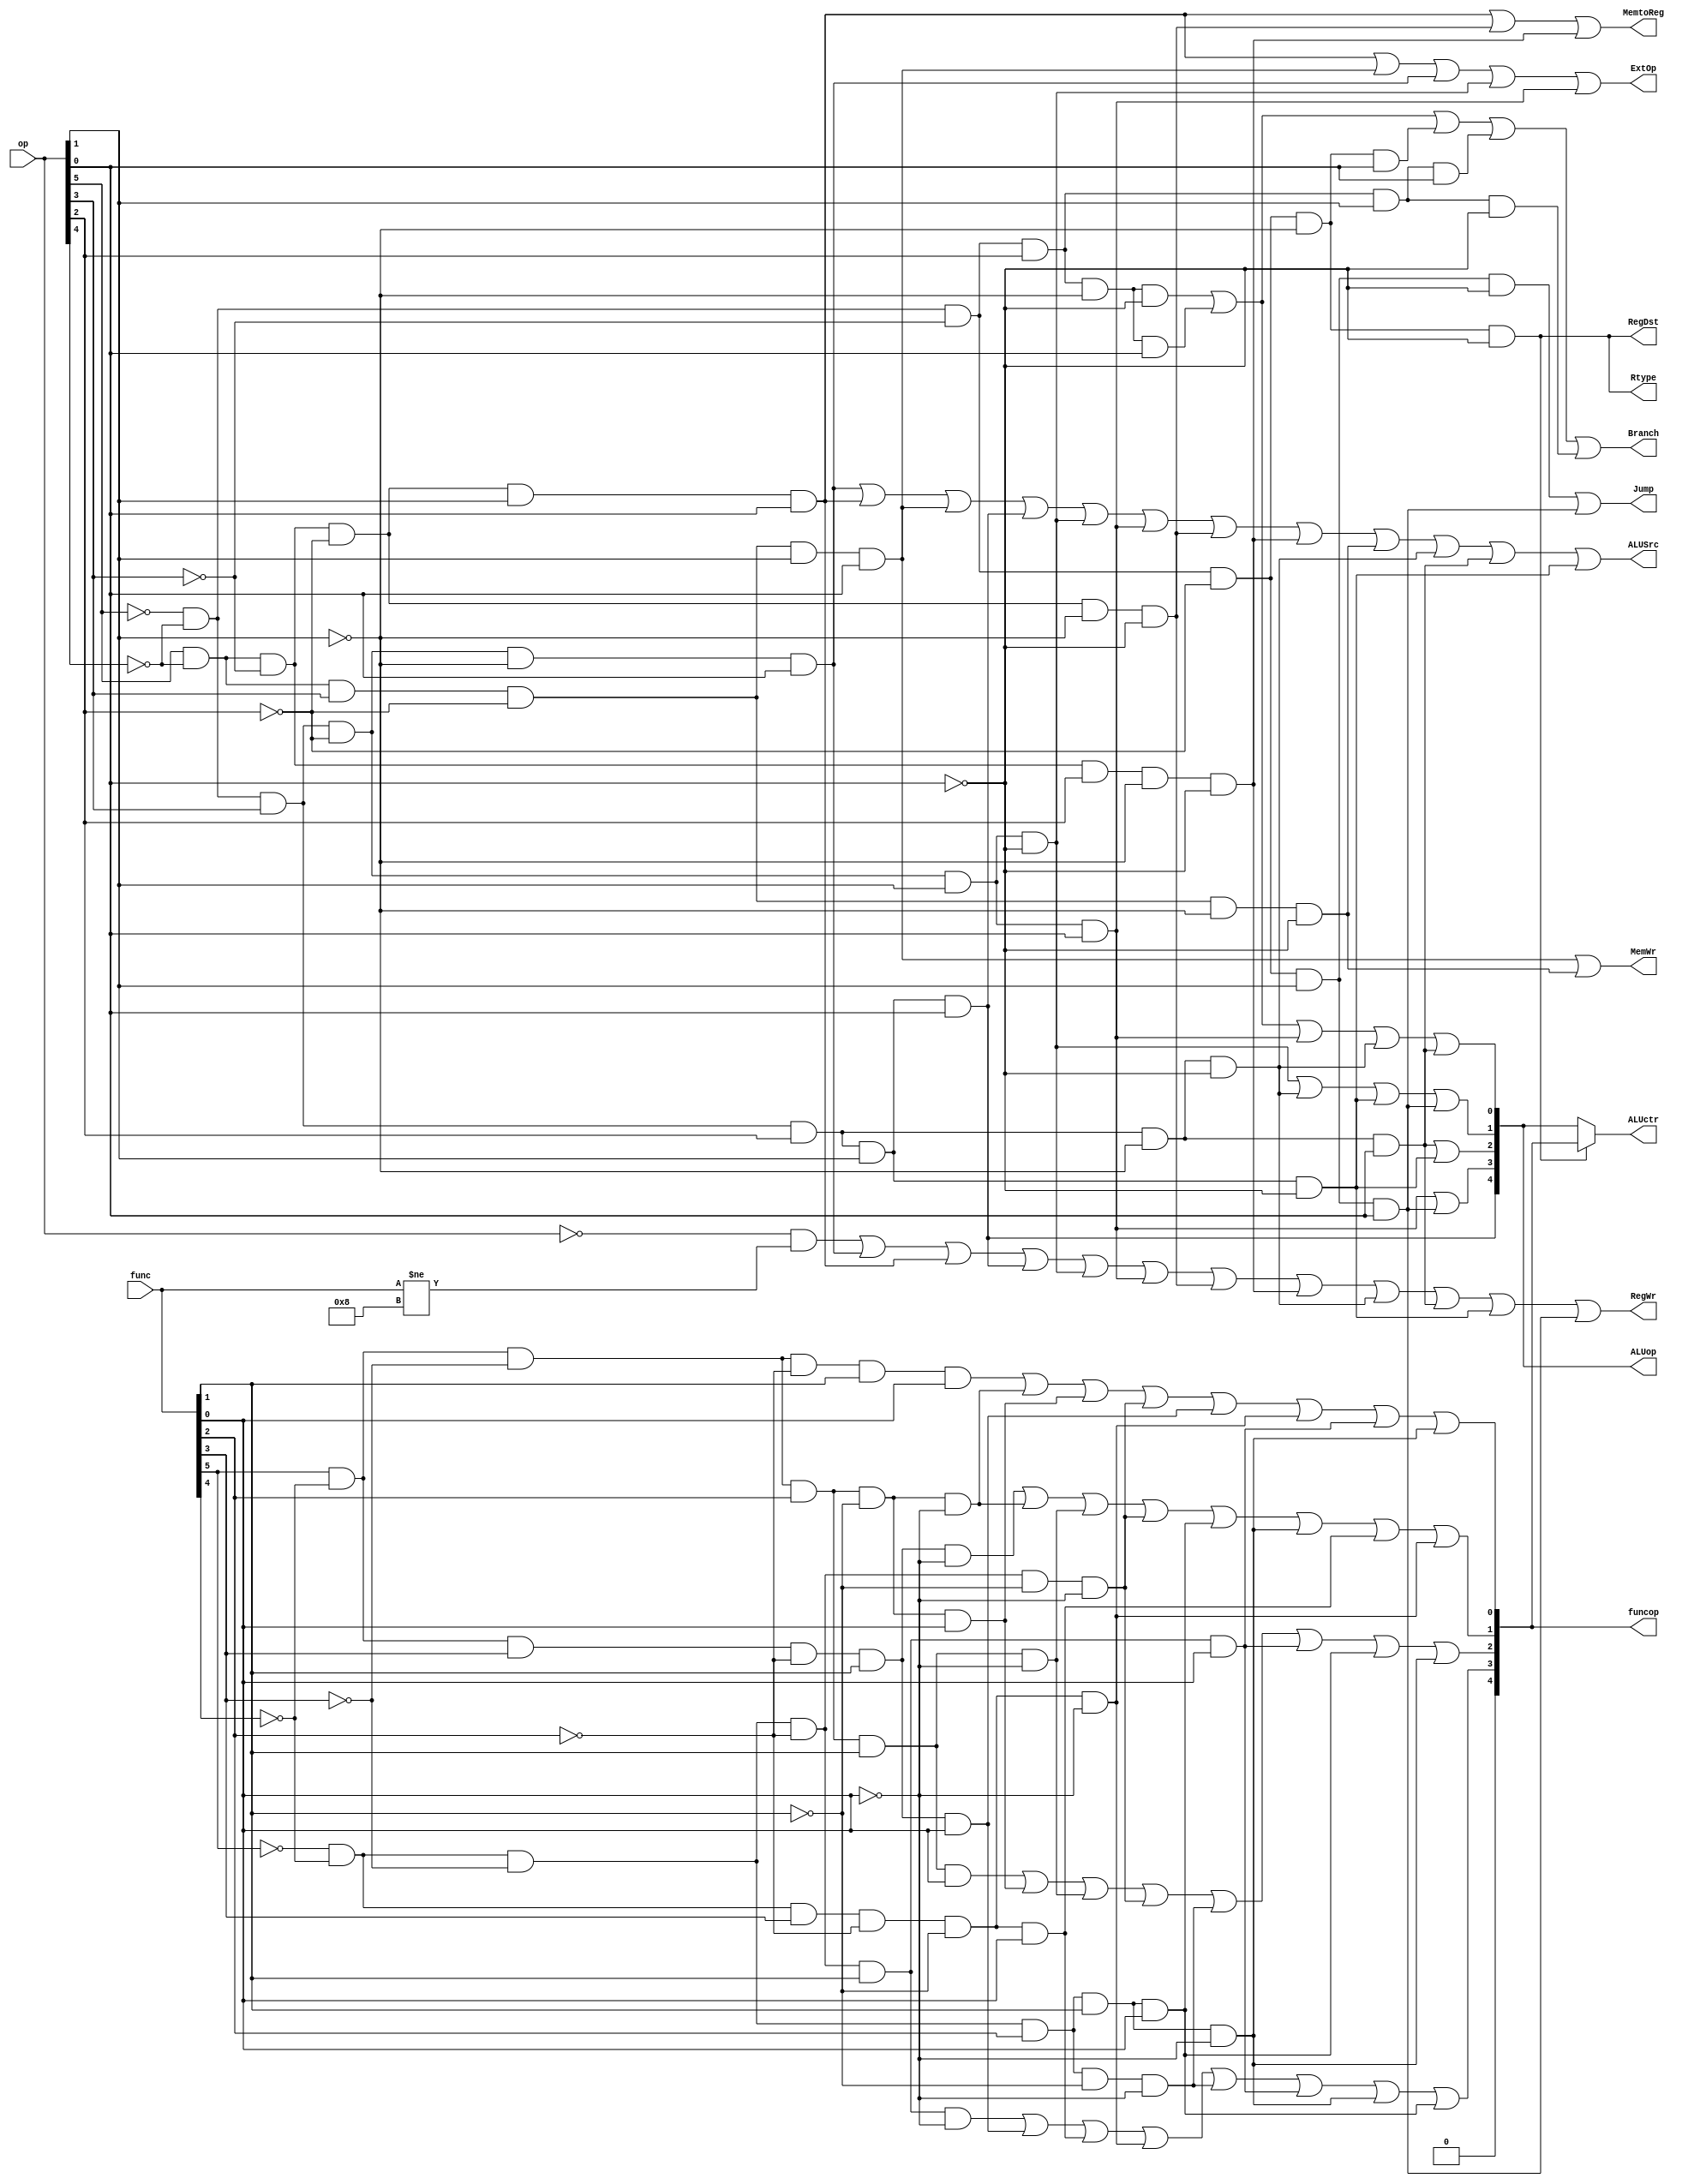
module ctrl(op,func,Branch,Jump,RegDst,ALUSrc,MemtoReg,RegWr,MemWr,ExtOp,Rtype,ALUop,funcop,ALUctr);

input [5:0] op,func;
output Branch,Jump,RegDst,ALUSrc,MemtoReg,RegWr,MemWr,ExtOp,Rtype;
output[4:0] ALUop,funcop,ALUctr;


assign Branch=(!op[5]&!op[4]&!op[3]&op[2]&!op[1]&!op[0])|(!op[5]&!op[4]&!op[3]&op[2]&!op[1]&op[0])|(!op[5]&!op[4]&!op[3]&!op[2]&!op[1]&op[0])|(!op[5]&!op[4]&!op[3]&op[ 2]&op[1]&op[0])|(!op[5]&!op[4]&!op[3]&op[2]&op[1]&!op[0]);


assign Jump=(!op[5]&!op[4]&!op[3]&!op[2]&op[1]&!op[0])|(!op[5]&!op[4]&!op[3]&!op[2]&op[ 1]&op[0]); 
assign RegDst=!op[5]&!op[4]&!op[3]&!op[2]&!op[1]&!op[0]; 
assign ALUSrc=(!op[5]&!op[4]&op[3]&!op[2]&!op[1]&op[0])|(op[5]&!op[4]&!op[3]&!op[2]&op[1]&op[0])|(op[5]&!op[4]&op[3]&!op[2]&op[1]&op[0])|(!op[5]&!op[4]&op[3]&op[2]&op[1]&op[0])|(!op[5]&!op[4]&op[3]&!op[2]&op[1]&!op[0])|(!op[5]&!op[4]&op[3]&!op[2]&op[1]&op[0])|(op[5]&!op[4]&!op[3]&!op[2]&!op[1]&!op[0])|(op[5]&!op[4]&!op[3]&op[2]&!op[1]&!op[0])|(op[5]&!op[4]&op[3]&!op[2]&!op[1]&!op[0])|(!op[5]&!op[4]&op[3]&op[2]&!op[1]&!op[0])|(!op[5]&!op[4]&op[3]&op[2]&!op[1]&op[0])|(!op[5]&!op[4]&op[3]&op[2]&op[1]&!op[0]);
assign MemtoReg=(op[5]&!op[4]&!op[3]&!op[2]&op[1]&op[0])|(op[5]&!op[4]&!op[3]&!op[2]&!op[1]&!op[0])|(op[5]&!op[4]&!op[3]&op[2]&!op[1]&!op[0]); 
assign RegWr=((op==6'b000000 )&&(func!=6'b001000))|(!op[5]&!op[4]&op[3]&!op[2]&!op[1]&op[0])|(op[5]&!op[4]&!op[3]&!op[2]&op[1]&op[0])|(!op[5]&!op[4]&op[3]&op[2]&op[1]&op[0])|(!op[5]&!op[4]&op[3]&!op[2]&op[1]&!op[0])|(!op[5]&!op[4]&op[3]&!op[2]&op[1]&op[0])|(op[5]&!op[4]&!op[3]&!op[2]&!op[1]&!op[0])|(op[5]&!op[4]&!op[3]&op[2]&!op[1]&!op[0])|(!op[5]&!op[4]&op[3]&op[2]&!op[1]&!op[0])|(!op[5]&!op[4]&op[3]&op[2]&!op[1]&op[0])|(!op[5]&!op[4]&op[3]&op[2]&op[1]&!op[0])|(!op[5]&!op[4]&!op[3]&!op[2]&op[1]&op[0]);
assign MemWr=(op[5]&!op[4]&op[3]&!op[2]&op[1]&op[0])|(op[5]&!op[4]&op[3]&!op[2]&!op[1]& !op[0]); 
assign ExtOp=(op[5]&!op[4]&!op[3]&!op[2]&op[1]&op[0])|(op[5]&!op[4]&op[3]&!op[2]&op[1]& op[0])|(!op[5]&!op[4]&op[3]&!op[2]&!op[1]&op[0])|(!op[5]&!op[4]&op[3]&!op[2]&op[ 1]&!op[0])|(!op[5]&!op[4]&op[3]&!op[2]&op[1]&op[0]); 
assign Rtype=!op[5]&!op[4]&!op[3]&!op[2]&!op[1]&!op[0]; 
assign ALUop[0]=(!op[5]&!op[4]&!op[3]&op[2]&!op[1]&!op[0])|(!op[5]&!op[4]&!op[3]&op[2]& !op[1]&op[0])|(!op[5]&!op[4]&op[3]&!op[2]&op[1]&op[0])|(!op[5]&!op[4]&op[3]&op[2 ]&!op[1]&!op[0])|(!op[5]&!op[4]&op[3]&op[2]&!op[1]&op[0]); 
assign ALUop[1]=(!op[5]&!op[4]&op[3]&!op[2]&op[1]&!op[0])|(!op[5]&!op[4]&op[3]&op[2]&!op[1]&!op[0])|(!op[5]&!op[4]&op[3]&op[2]&op[1]&!op[0])|(!op[5]&!op[4]&!op[3]&!op[2]&op[1]&op[0]);
assign ALUop[2]=(!op[5]&!op[4]&op[3]&op[2]&!op[1]&op[0])|(!op[5]&!op[4]&op[3]&op[2]&op[1]&!op[0]);
assign ALUop[3]=(!op[5]&!op[4]&op[3]&!op[2]&op[1]&op[0])|(!op[5]&!op[4]&!op[3]&!op[2]&op[1]&op[0]);
assign ALUop[4]=(!op[5]&!op[4]&op[3]&op[2]&op[1]&op[0]); 
assign funcop[0]=(func[5]&!func[4]&!func[3]&!func[2]&func[1]&func[0])|(func[5]&!func[4]&!func[3]&func[2]&!func[1]&!func[0])|(func[5]&!func[4]&!func[3]&func[2]&!func[1]&func[0])|(!func[5]&!func[4]&!func[3]&!func[2]&!func[1]&!func[0])|(func[5]&!func[4]&func[3]&!func[2]&func[1]&func[0])|(!func[5]&!func[4]&func[3]&!func[2]&!func[1]&!func[0])|(!func[5]&!func[4]&!func[3]&!func[2]&func[1]&func[0])|(!func[5]&!func[4]&!func[3]&func[2]&func[1]&!func[0]);
assign funcop[1]=(func[5]&!func[4]&func[3]&!func[2]&func[1]&!func[0])|(func[5]&!func[4] &!func[3]&func[2]&!func[1]&!func[0])|(func[5]&!func[4]&!func[3]&func[2]&func[1]& !func[0])|(!func[5]&!func[4]&!func[3]&!func[2]&!func[1]&!func[0])|(!func[5]&!func[4]&!func[3]&func[2]&func[1]&func[0])|(!func[5]&!func[4]&!func[3]&func[2]&func[ 1]&!func[0])|(!func[5]&!func[4]&func[3]&!func[2]&!func[1]&func[0])|(!func[5]&!func[4]&func[3]&!func[2]&!func[1]&!func[0]); 
assign funcop[2]=(func[5]&!func[4]&!func[3]&func[2]&func[1]&func[0])|(func[5]&!func[4]&!func[3]&func[2]&!func[1]&func[0])|(func[5]&!func[4]&!func[3]&func[2]&func[1]&!func[0])|(!func[5]&!func[4]&!func[3]&!func[2]&!func[1]&!func[0])|(!func[5]&!func[4]&!func[3]&func[2]&!func[1]&!func[0])|(!func[5]&!func[4]&!func[3]&!func[2]&func[1]&func[0])|(!func[5]&!func[4]&!func[3]&func[2]&func[1]&func[0])|(!func[5]&!func[4]&!func[3]&func[2]&func[1]&!func[0]);
assign funcop[3]=(!func[5]&!func[4]&!func[3]&!func[2]&func[1]&!func[0])|(func[5]&!func[4]&func[3]&!func[2]&func[1]&func[0])|(!func[5]&!func[4]&func[3]&!func[2]&!func[1]&func[0])|(!func[5]&!func[4]&func[3]&!func[2]&!func[1]&!func[0])|(!func[5]&!func[4]&!func[3]&func[2]&!func[1]&!func[0])|(!func[5]&!func[4]&!func[3]&!func[2]&func[1]&func[0])|(!func[5]&!func[4]&!func[3]&func[2]&func[1]&!func[0])|(!func[5]&!func[4]&!func[3]&func[2]&func[1]&func[0]);
assign funcop[4]=0;
assign ALUctr=(Rtype)?funcop:ALUop;
endmodule